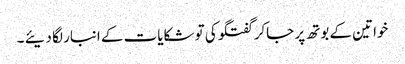
خواتین کے بوتھ پر جاکر گفتگو کی تو شکایات کے انبار لگا دیئے ۔